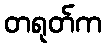
တရုတ်က